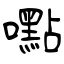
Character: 嚸